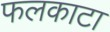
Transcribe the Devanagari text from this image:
फलकाटा